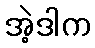
အဲ့ဒါက